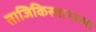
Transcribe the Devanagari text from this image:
ताजिकिस्तानाच्या